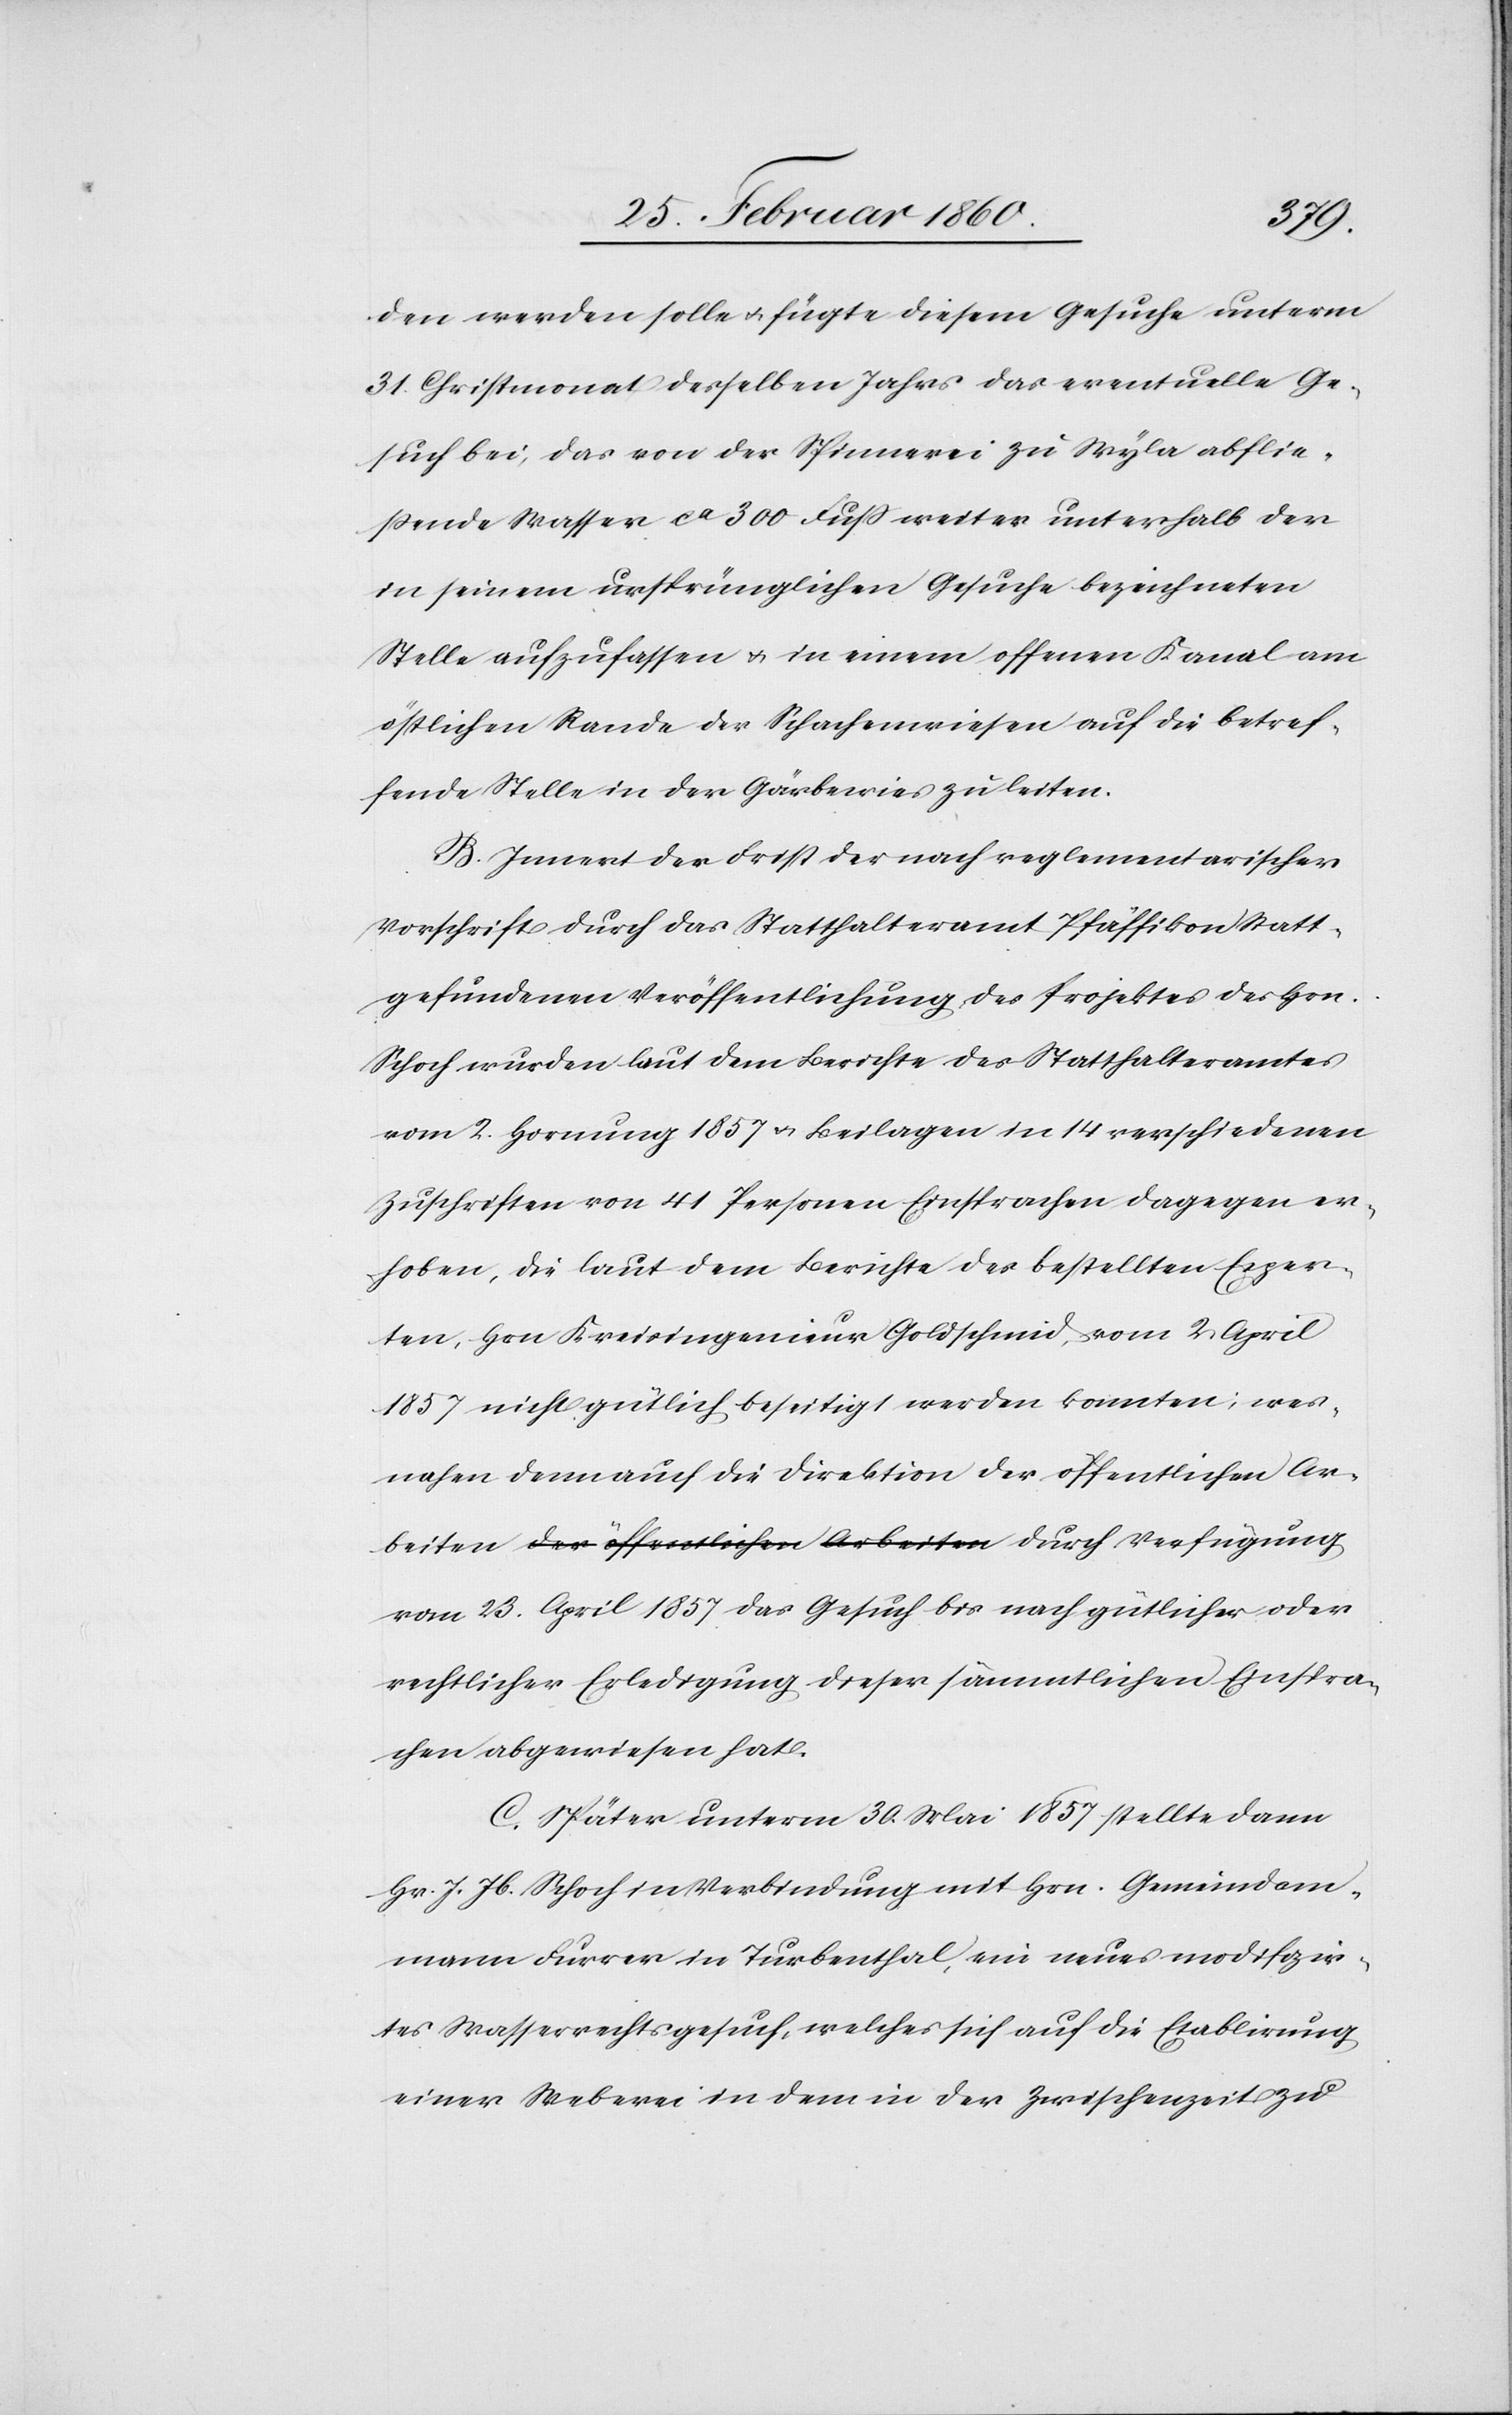
beiten
den werden solle u. fügte diesem Gesuche unterm
31. Christmonat desselben Jahrs das eventuelle Ge¬
such bei, das von der Spinnerei zu Wyla abflie¬
ßende Wasser ca 300 Fuss weiter unterhalb der
in seinem ursprünglichen Gesuche bezeichneten
Stelle aufzufassen u. in einem offenen Kanal am
östlichen Rande der Schachenwiesen auf die betref¬
fende Stelle in der Gärbewies zu leiten.
B. Innert der Frist des nach reglementarischer
Vorschrift durch das Statthalteramt Pfäffikon statt
gefundenen Veröffentlichung des Projektes des Hrn.
Schoch wurden laut dem Berichte des Statthalteramtes
vom 2. Hornung 1857 u. Beilagen in 14 verschiedenen
Zuschriften von 41 Personen Einsprachen dagegen er¬
hoben, die laut dem Berichte des bestellten Exper¬
ten, Hrn. Kreisingenieur Goldschmid, vom 2. April
1857 nicht gütlich beseitigt werden konnten; wes¬
nahen denn auch die Direktion der öffentlichen Ar¬
vom 23. April 1857 das Gesuch bis nach gütlicher oder
rechtlicher Erledigung dieser sämmtlichen Einspra¬
chen abgewiesen hat.
C. Später unterm 30. Mai 1857 stellt dann
Hr. J. Jb. Schoch in Verbindung mit Hrn. Gemeindam¬
mann Furrer in Turbenthal, ein neues modifizir¬
tes Wasserrechtsgesuch, welches sich auf die Etablirung
einer Weberei in dem in der Zwischenzeit zu